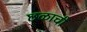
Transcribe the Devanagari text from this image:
छळाची